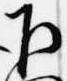
下